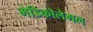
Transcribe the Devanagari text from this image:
मेडिकोलेगल